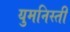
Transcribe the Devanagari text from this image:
युमनिस्ती